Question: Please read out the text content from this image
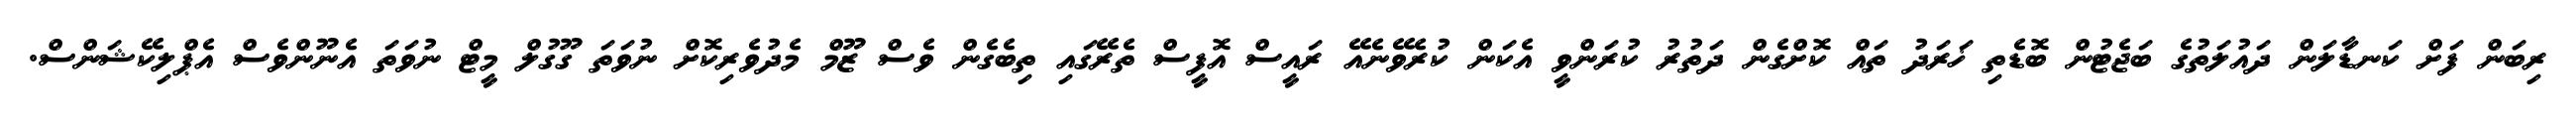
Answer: ރިބަން ފަށް ކަނޑާލަން ދައުލަތުގެ ބަޖެޓުން ބޮޑެތި ޚަރަދު ތައް ކޮށްގެން ދަތުރު ކުރަންވީ އެކަން ކުރެވޭނެއޭ ރައީސް އޮފީސް ތެރޭގައި ތިބެގެން ވެސް ޒޫމް މެދުވެރިކޮށް ނުވަތަ ގޫގުލް މީޓް ނުވަތަ އެނޫންވެސް އެޕްލިކޭޝަންސް.